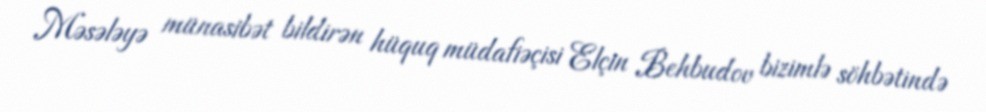
Məsələyə münasibət bildirən hüquq müdafiəçisi Elçin Behbudov bizimlə söhbətində